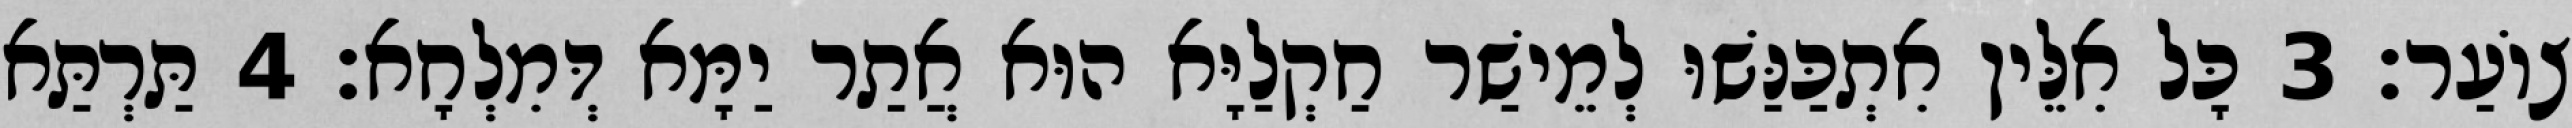
צוֹעַר׃ 3 כָּל אִלֵּין אִתְכַּנַּשׁוּ לְמֵישַׁר חַקְלַיָּא הוּא אֲתַר יַמָּא דְּמִלְחָא׃ 4 תַּרְתַּא